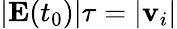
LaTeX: |\textbf{E}(t_{0})|\tau=|\textbf{v}_{i}|